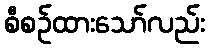
စီစဉ်ထားသော်လည်း